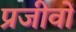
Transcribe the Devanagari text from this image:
प्रजीवों